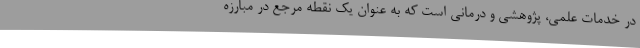
در خدمات علمی، پژوهشی و درمانی است که به عنوان یک نقطه مرجع در مبارزه